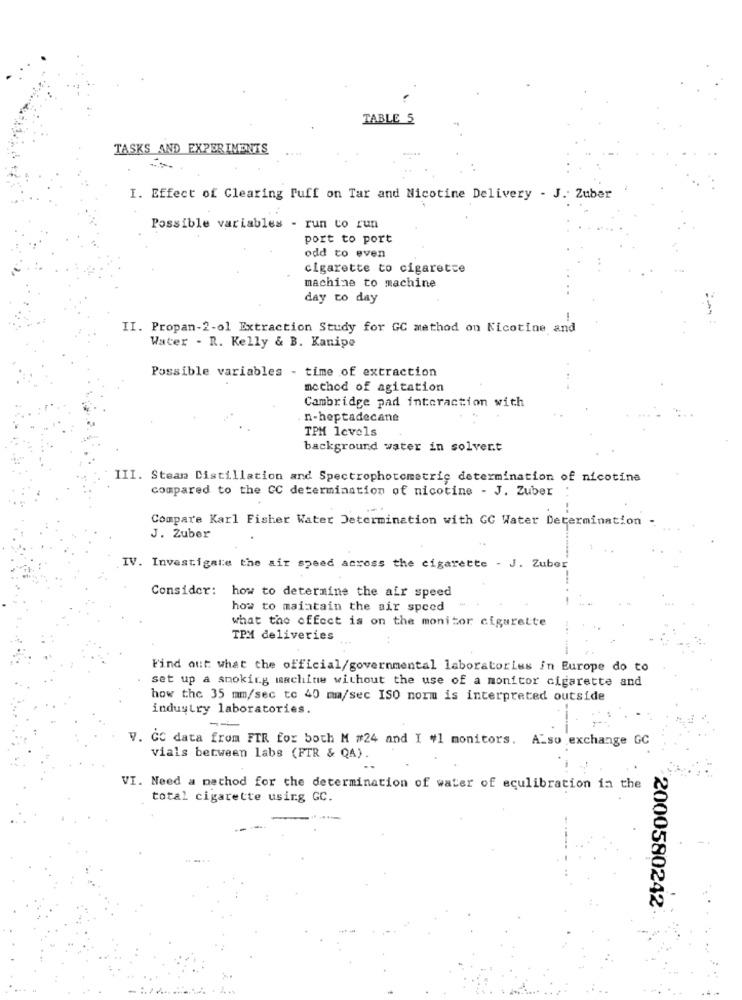
TABLE 5
TASKS AND EXPERIMENTS
....
I. Effect of Clearing Puff on Tar and Nicotine Delivery - J. Zuber
Possible variables - run to run
port to port
odd to even
cigarette to cigarette
machine to machine
day to day
II. Propan-2-o1 Extraction Study for GC method on Nicotine and
Water - R. Kelly & B. Kanipe
Possible variables - time of extraction
method of agitation
Cambridge pad interaction with
n-heptadecane
TPM levels
background water in solvent
III. Stean Distillation and Spectrophotometric determination of nicotine
compared to the CC determination of nicotine - J. Zuber
Compare Karl Fisher Water Determination with GC Water Determination -
J. Zuber
IV. Investigate the air speed across the cigarette - J. Zuber
Consider: how to determine the air speed
how to maintain the air speed
what the effect is on the monitor cigarette
TPM deliveries
Find out what the official/governmental laboratories in Europe do to
set up a smoking machine without the use of a monitor cigarette and
how the 35 mm/sec to 40 mm/sec ISO norm is interpreted outside
industry laboratories.
V. CC data from FIR for both M #24 and I #1 monitors. Also exchange GC
vials between labs (FTR & QA).
VI. Need a method for the determination of water of eculibration in the
total cigarette using GC.
2000580242